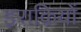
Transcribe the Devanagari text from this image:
इराक़ियों